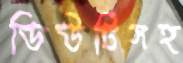
ডিউটিসহ